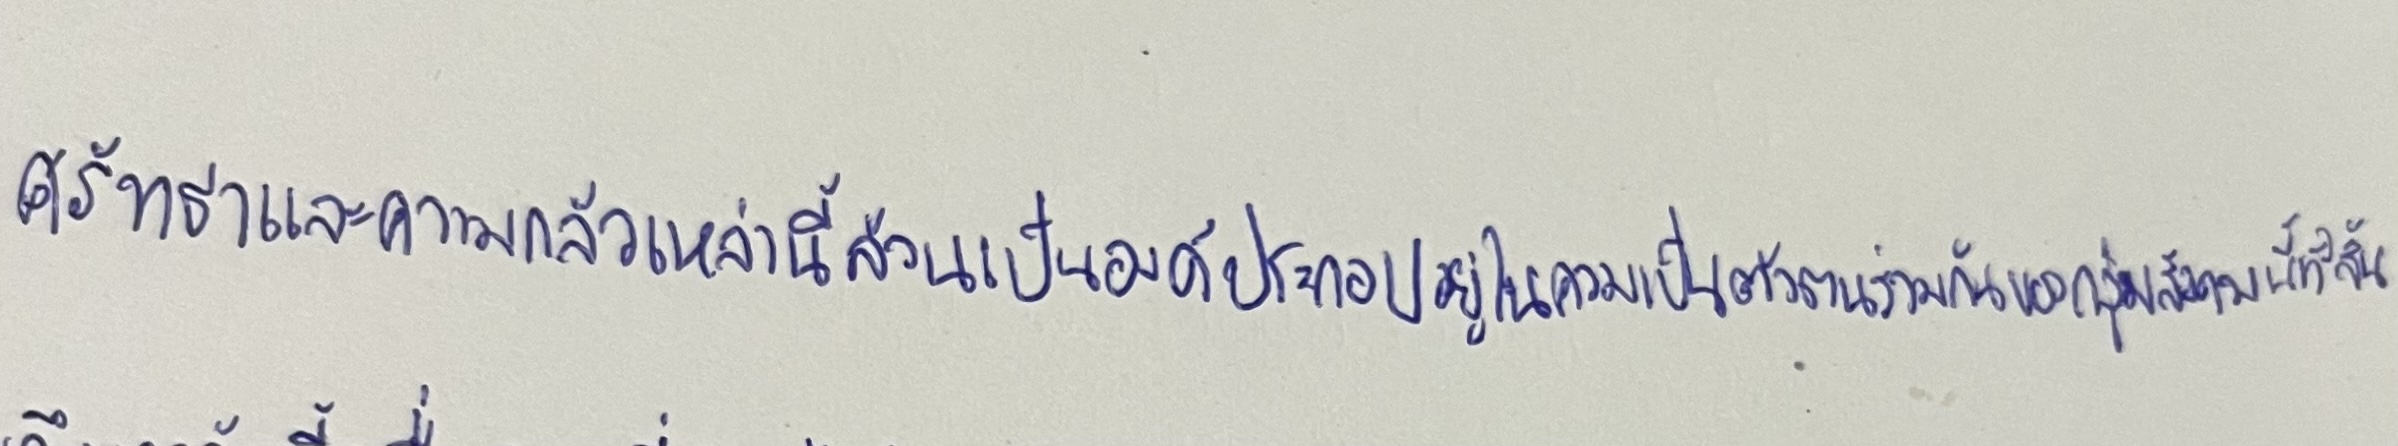
ศรัทธาและความกลัวเหล่านี้ล้วนเป็นองค์ประกอบอยู่ในความเป็นตัวตนร่วมกันของกลุ่มสังคมนี้ทั้งสิ้น